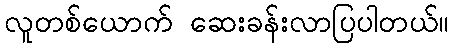
လူတစ်ယောက် ဆေးခန်းလာပြပါတယ်။